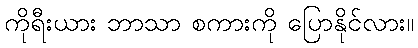
ကိုရီးယား ဘာသာ စကားကို ပြောနိုင်လား။